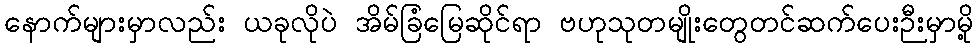
နောက်များမှာလည်း ယခုလိုပဲ အိမ်ခြံမြေဆိုင်ရာ ဗဟုသုတမျိုးတွေတင်ဆက်ပေးဉီးမှာမို့